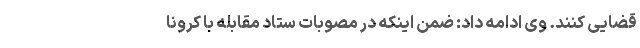
قضایی کنند. وی ادامه داد: ضمن اینکه در مصوبات ستاد مقابله با کرونا